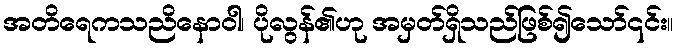
အတိရေကသညိနောဝါ၊ ပိုလွန်၏ဟု အမှတ်ရှိသည်ဖြစ်၍သော်၎င်း။